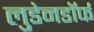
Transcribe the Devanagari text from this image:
लुडेनडॉर्फ